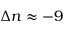
\Delta n \approx - 9